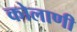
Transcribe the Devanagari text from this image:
कोलाणी